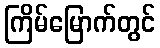
ကြိမ်မြောက်တွင်